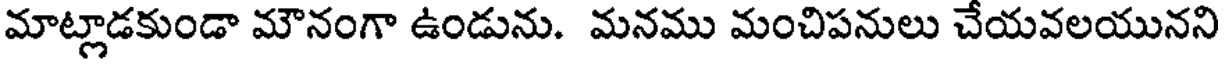
మాట్లాడకుండా మౌనంగా ఉండును. మనము మంచిపనులు చేయవలయునని